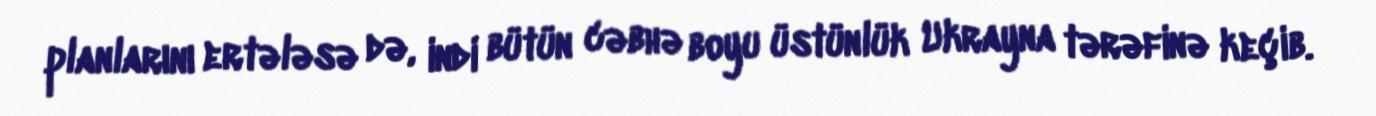
planlarını ertələsə də, indi bütün cəbhə boyu üstünlük Ukrayna tərəfinə keçib.